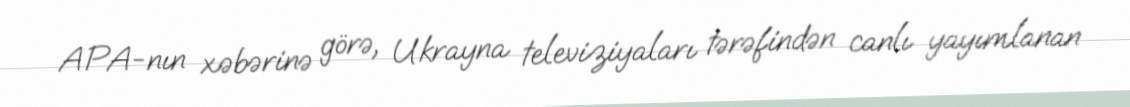
APA-nın xəbərinə görə, Ukrayna televiziyaları tərəfindən canlı yayımlanan